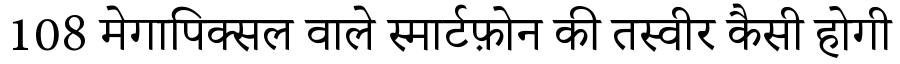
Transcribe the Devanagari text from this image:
108 मेगापिक्सल वाले स्मार्टफ़ोन की तस्वीर कैसी होगी